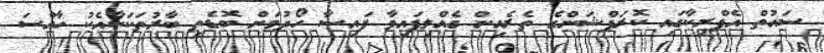
ސައުތް އެފްރިކާގައި ކޮރަޕްޝަންގެ ތެރެއިން ގެއްލިފައިވާ ފައިސާ ހޯދުމަށް ބޮޑެތި ބާރުތަކަކާއެކު ހާއްސަ